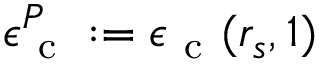
\epsilon _ { \mathrm { ~ c ~ } } ^ { P } : = \epsilon _ { \mathrm { ~ c ~ } } ( r _ { s } , 1 )